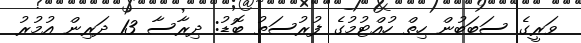
ވަރީގެ ސަބަބުން ހިތް ހުއްޓުމުގެ ފުރުސަތު ބޮޑު: ދިރާސާ 13 ދަރިން އުމުރު